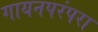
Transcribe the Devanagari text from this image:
गायनपरंपरा